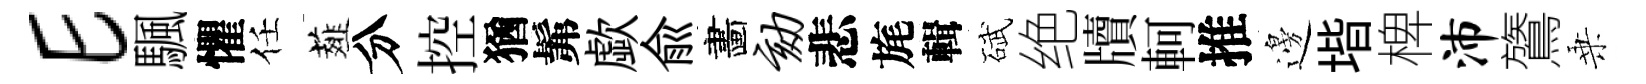
E颿懼任薤分控猶髴歔兪畵劾悲旄輯碔绝牘軻推邊堦椑沛鷟乗